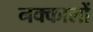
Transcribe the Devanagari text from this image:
नक्कालों